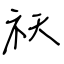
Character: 祆